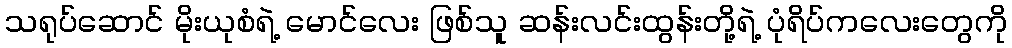
သရုပ်ဆောင် မိုးယုစံရဲ့ မောင်လေး ဖြစ်သူ ဆန်းလင်းထွန်းတို့ရဲ့ ပုံရိပ်ကလေးတွေကို